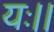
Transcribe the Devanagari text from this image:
यः।।